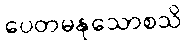
ပေတမနုသောစသိ